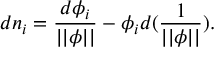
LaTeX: d n _ { i } = \frac { d \phi _ { i } } { | | \phi | | } - \phi _ { i } d ( { \frac 1 { | | \phi | | } } ) .